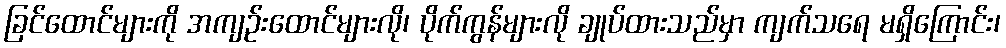
ခြင်ထောင်များကို အကျဉ်းထောင်များလို၊ ပိုက်ကွန်များလို ချုပ်ထားသည်မှာ ကျက်သရေ မရှိကြောင်း၊